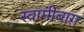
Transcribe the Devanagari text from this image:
स्वामीबाग़